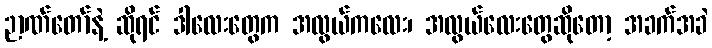
ဉာဏ်တော်နဲ့ ဆိုရင် ဒါလေးတွေက အလွယ်ကလေး၊ အလွယ်လေးတွေဆိုတော့ အခက်အခဲ